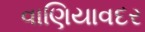
વાણિયાવદર